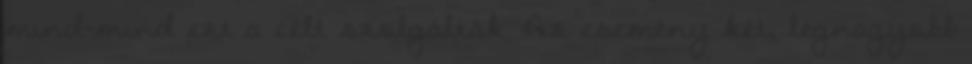
mind-mind ezt a célt szolgálták. Az esemény két, legnagyobb